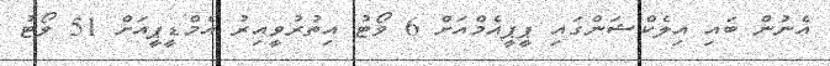
އެނުން ބައި އިލެކްޝަންގައި ޕީޕީއެމްއަށް 6 ވޯޓު އިތުރުވީއިރު އެމްޑީޕީއަށް 51 ވޯޓު